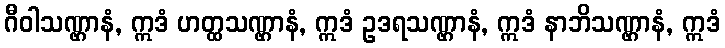
ဂီဝါသဏ္ဌာနံ, ဣဒံ ဟတ္ထသဏ္ဌာနံ, ဣဒံ ဥဒရသဏ္ဌာနံ, ဣဒံ နာဘိသဏ္ဌာနံ, ဣဒံ